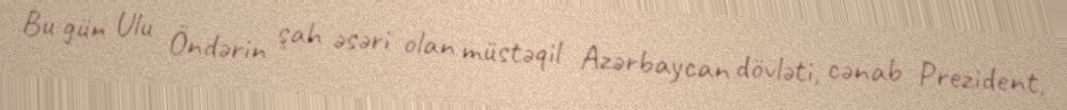
Bu gün Ulu Öndərin şah əsəri olan müstəqil Azərbaycan dövləti, cənab Prezident,